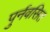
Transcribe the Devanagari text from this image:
पुर्नवसित